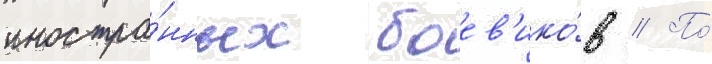
иностра́нных боев'ико́в // По́